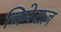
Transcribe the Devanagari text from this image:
चिमेराज़